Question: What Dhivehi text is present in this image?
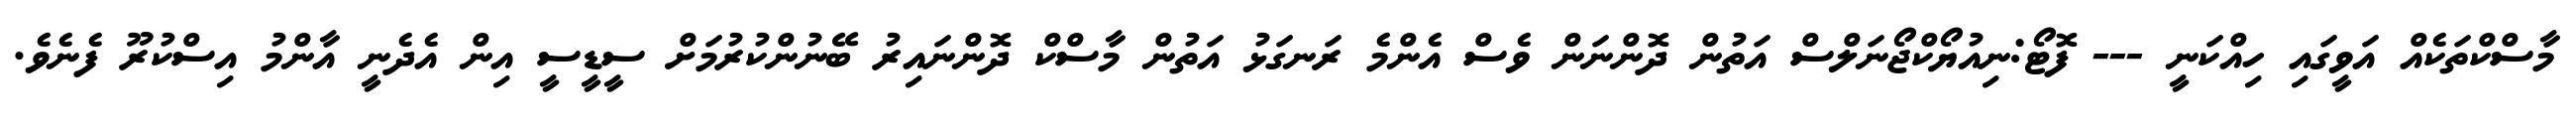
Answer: މާސްކްތަކެއް އަވީގައި ހިއްކަނީ --- ފޮޓޯ:ނިއުޔޯކްޖޯނަލްސް އަތުން ދޮންނަން ވެސް އެންމެ ރަނގަޅު އަތުން މާސްކް ދޮންނައިރު ބޭނުންކުރުމަށް ސީޑީސީ އިން އެދެނީ އާންމު އިސްކުރޫ ފެނެވެ.